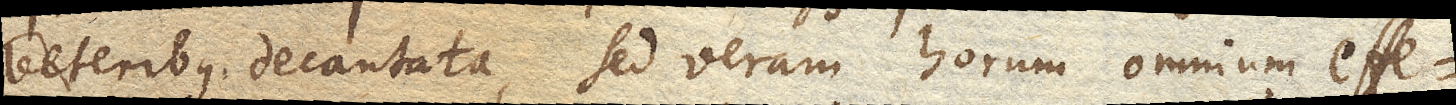
veteribus decantata, sed veram horum omnium effe–